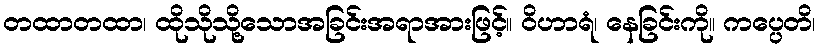
တထာတထာ၊ ထိုသိုသို့သောအခြင်းအရာအားဖြင့်။ ဝိဟာရံ၊ နေခြင်းကို။ ကပ္ပေတိ၊